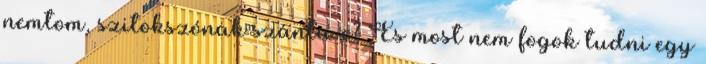
nemtom, szitokszónak szánta-e? És most nem fogok tudni egy